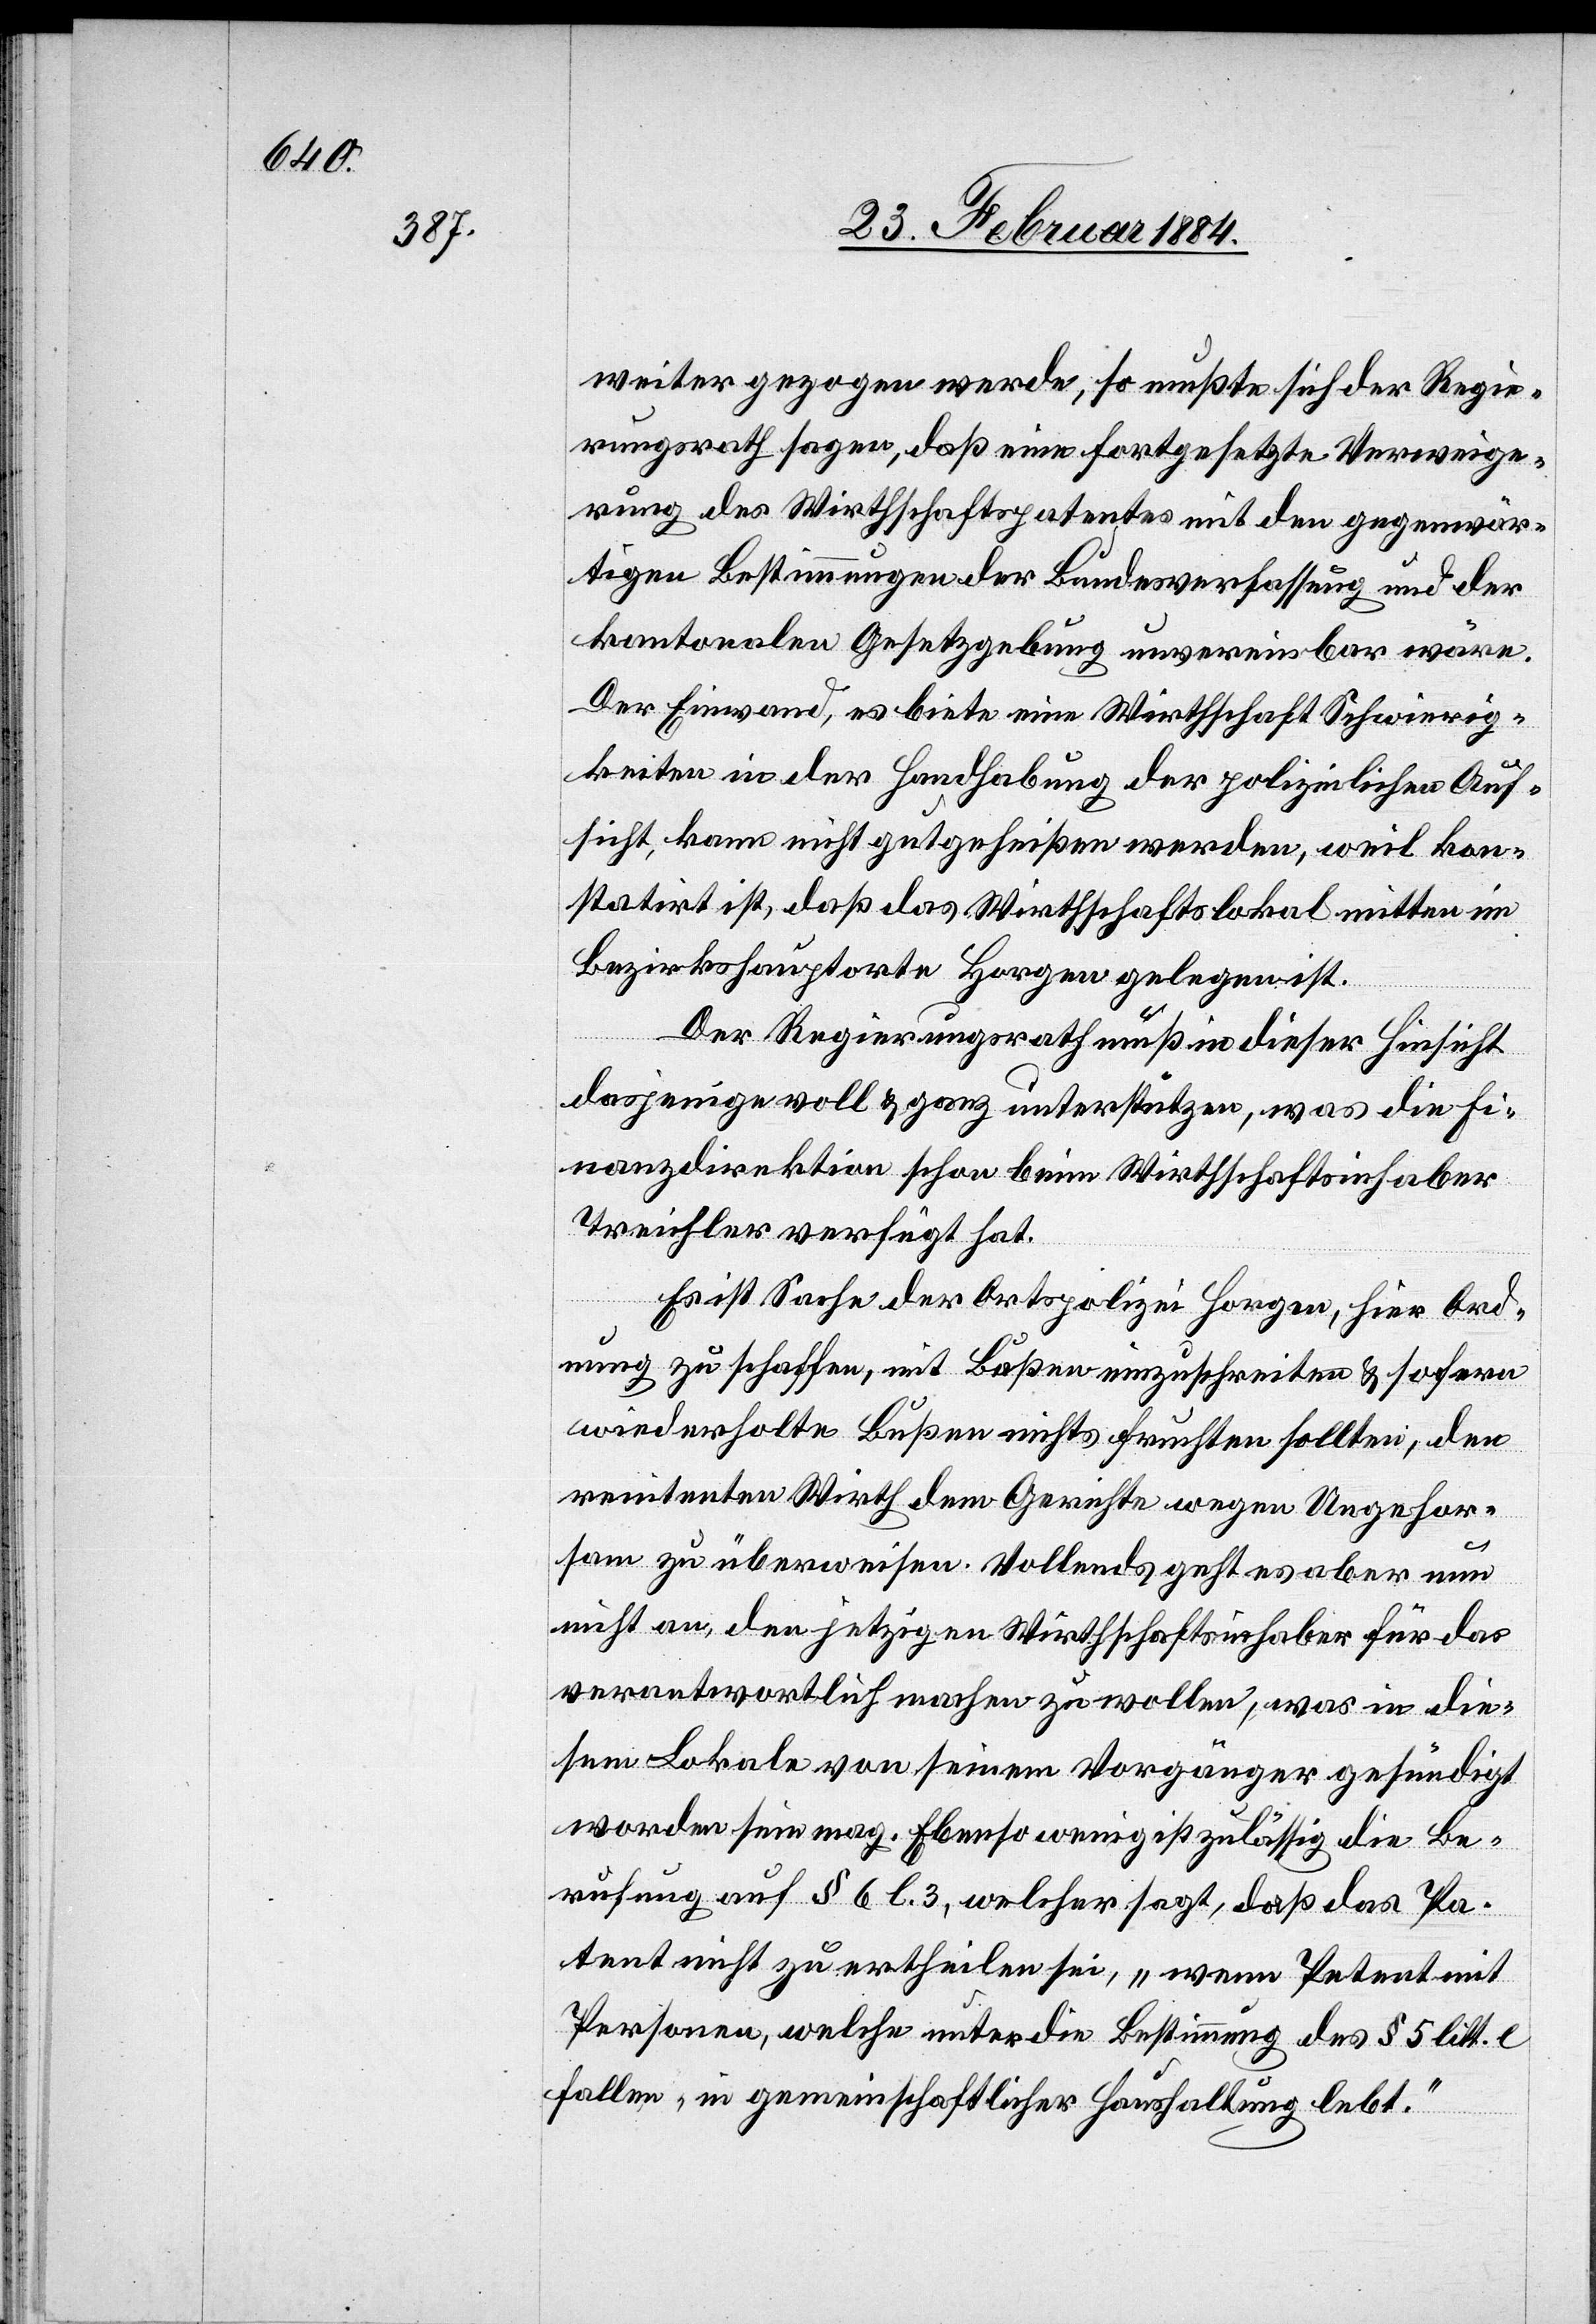
weiter gezogen werde, so mußte sich der Regie¬
rungsrath sagen, daß eine fortgesetzte Verweige¬
rung des Wirthschaftspatentes mit den gegenwär¬
tigen Bestimmungen der Bundesverfassung und der
kantonalen Gesetzgebung unvereinbar wäre.
Der Einwand, es biete eine Wirthschaft Schwierig¬
keiten in der Handhabung der polizeilichen Auf¬
sicht, kann nicht gutgeheißen werden, weil kon¬
statirt ist, daß das Wirthschaftslokal mitten im
bezirkshauptorte Horgen gelegen ist.
Der Regierungsrath muß in dieser Hinsicht
dasjenige voll & ganz unterstützen, was die Fi¬
nanzdirektion schon beim Wirthschaftsinhaber
Treichler verfügt hat.
Es ist Sache der Ortspolizei Horgen, hier Ord¬
nung zu schaffen, mit Bußen einzuschreiten & sofern
wiederholte Bußen nichts fruchten sollten, den
renitenten Wirth dem Gerichte wegen Ungehor¬
sam zu überweisen. Vollends geht es aber nun
nicht an, den jetzigen Wirthschaftsinhaber für das
verantwortlich machen zu wollen, was in die¬
sem Lokale von seinem Vorgänger gesündigt
worden sein mag. Ebenso wenig ist zulässig die Be¬
rufung auf § 6 l. 3, welcher sagt, daß das Pa¬
tent nicht zu ertheilen sei, „wenn Petent mit
Personen, welche unter die Bestimmung des § 5 litt. e
fallen, in gemeinschaftlicher Haushaltung lebt.“